Civil Veterinary Dept. North-West Frontier Province 1933-46 - 1933-1946
Year: 1933
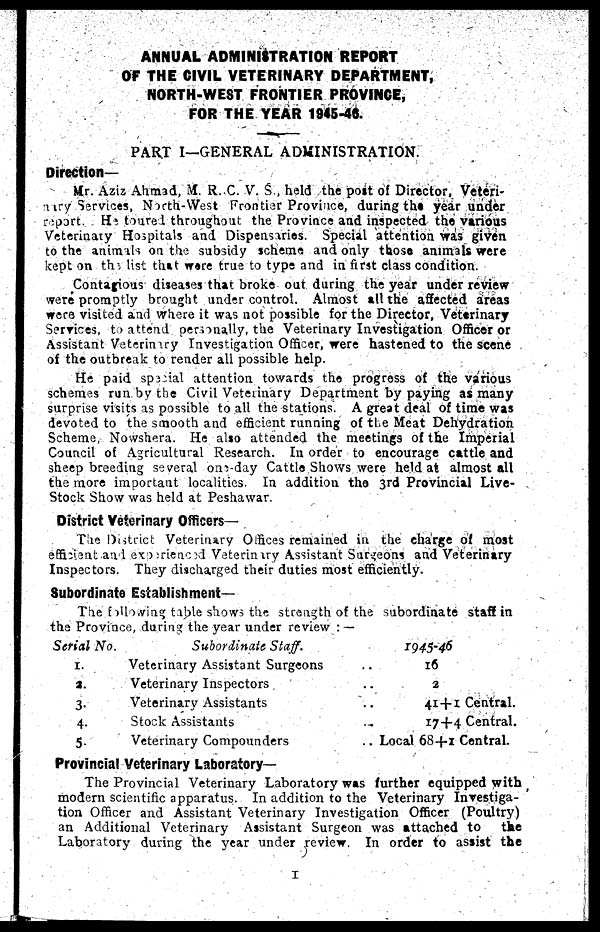
ANNUAL ADMINISTRATION REPORT
OF THE CIVIL VETERINARY DEPARTMENT,
NORTH-WEST FRONTIER PROVINCE,
FOR THE YEAR 1945-46.
PART I—GENERAL ADMINISTRATION.
Direction—
Mr. Aziz Ahmad, M. R. C. V. S., held the post of Director, Veteri-
nary Services, North-West Frontier Province, during the year under
report. He toured throughout the Province and inspected the various
Veterinary Hospitals and Dispensaries. Special attention was given
to the animals on the subsidy scheme and only those animals were
kept on the list that were true to type and in first class condition.
Contagious diseases that broke out during the year under review
were promptly brought under control. Almost all the affected areas
were visited and where it was not possible for the Director, Veterinary
Services, to attend personally, the Veterinary Investigation Officer or
Assistant Veterinary Investigation Officer, were hastened to the scene
of the outbreak to render all possible help.
He paid special attention towards the progress of the various
schemes run by the Civil Veterinary Department by paying as many
surprise visits as possible to all the stations. A great deal of time was
devoted to the smooth and efficient running of the Meat Dehydration
Scheme, Nowshera. He also attended the meetings of the Imperial
Council of Agricultural Research. In order to encourage cattle and
sheep breeding several one-day Cattle Shows were held at almost all
the more important localities. In addition the 3rd Provincial Live-
Stock Show was held at Peshawar.
District Veterinary Officers—
The District Veterinary Offices remained in the charge of most
efficient and experienced Veterinary Assistant Surgeons and Veterinary
Inspectors. They discharged their duties most efficiently.
Subordinate Establishment—
The following table shows the strength of the subordinate staff in
the Province, during the year under review:—
Serial No.
1.
2.
3.
4.
5.
Subordinate Staff.
Veterinary Assistant Surgeons
Veterinary Inspectors
Veterinary Assistants
Stock Assistants
Veterinary Compounders
1945-46
16
2
41+1 Central.
17+4 Central.
.. Local 68+1 Central.
Provincial Veterinary Laboratory—
The Provincial Veterinary Laboratory was further equipped with
modern scientific apparatus. In addition to the Veterinary Investiga-
tion Officer and Assistant Veterinary Investigation Officer (Poultry)
an Additional Veterinary Assistant Surgeon was attached to
the
Laboratory during the year under review. In order to assist the
1